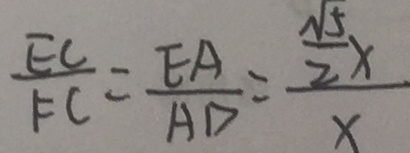
\frac { E C } { F C } = \frac { E A } { A D } = \frac { \frac { \sqrt { 5 } } { 2 } x } { x }